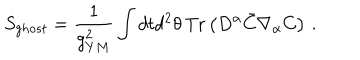
LaTeX: S _ { g h o s t } = { \frac { 1 } { g _ { Y M } ^ { 2 } } } \int d t d ^ { 2 } \theta \, \mathrm { T r } \left( D ^ { \alpha } \bar { C } \nabla _ { \alpha } C \right) \, .